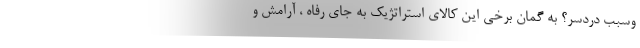
وسبب دردسر؟ به گمان برخی این کالای استراتژیک به جای رفاه ، آرامش و